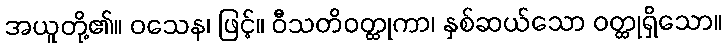
အယူတို့၏။ ဝသေန၊ ဖြင့်။ ဝီသတိဝတ္ထုကာ၊ နှစ်ဆယ်သော ဝတ္ထုရှိသော။